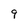
Character: 9